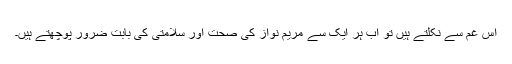
اس غم سے نکلتے ہیں تو اب ہر ایک سے مریم نواز کی صحت اور سلامتی کی بابت ضرور پوچھتے ہیں۔